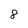
Character: 8